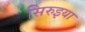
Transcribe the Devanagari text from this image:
सिरुइया